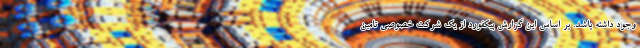
وجود داشته باشد. بر اساس این گزارش پیکفورد از یک شرکت خصوصی تامین